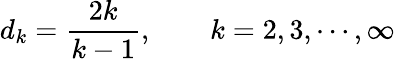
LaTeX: d_{k}=\frac{2k}{k-1},\qquad k=2,3,\cdots,\infty